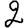
Digit: 2